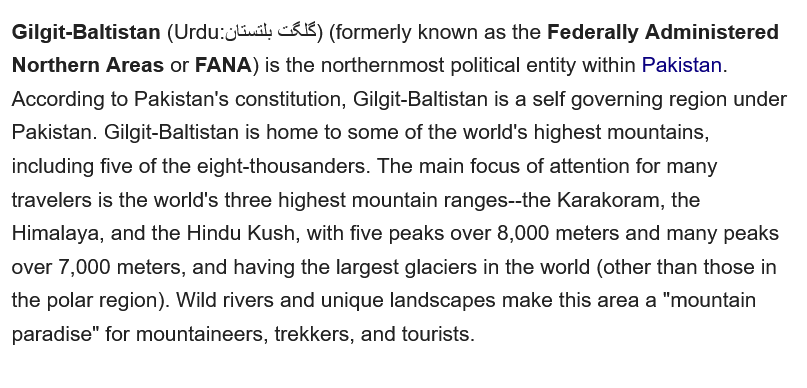
Gilgit-Baltistan (Urdu:c4.cb <4) (formerly known as the Federally Administered
  Northern Areas or FANA) is the northernmost political entity within Pakistan.
  According to Pakistan's constitution, Gilgit-Baltistan is a self governing region under
  Pakistan. Gilgit-Baltistan is home to some of the world's highest mountains,
  including five of the eight-thousanders. The main focus of attention for many
  travelers is the world's three highest mountain ranges--the Karakoram, the
  Himalaya, and the Hindu Kush, with five peaks over 8,000 meters and many peaks
  over 7,000 meters, and having the largest glaciers in the world (other than those in
  the polar region). Wild rivers and unique landscapes make this area a "mountain
  paradise" for mountaineers, trekkers, and tourists.